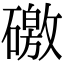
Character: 礉